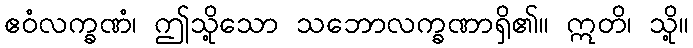
ဧဝံလက္ခဏံ၊ ဤသို့သော သဘောလက္ခဏာရှိ၏။ ဣတိ၊ သို့။